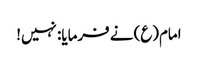
امام(ع) نے فرمایا: نہیں!